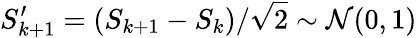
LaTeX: S_{k+1}^{\prime}=(S_{k+1}-S_{k})/\sqrt{2}\sim\mathcal{N}(0,1)